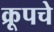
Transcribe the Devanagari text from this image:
क्रूपचे